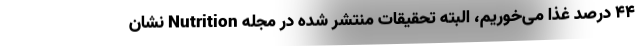
۴۴ درصد غذا می‌خوریم، البته تحقیقات منتشر شده در مجله Nutrition نشان